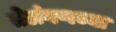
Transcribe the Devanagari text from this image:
तेलंगणच्या